Indian journal of veterinary science and animal husbandry - Volume 8,
Year: 1938
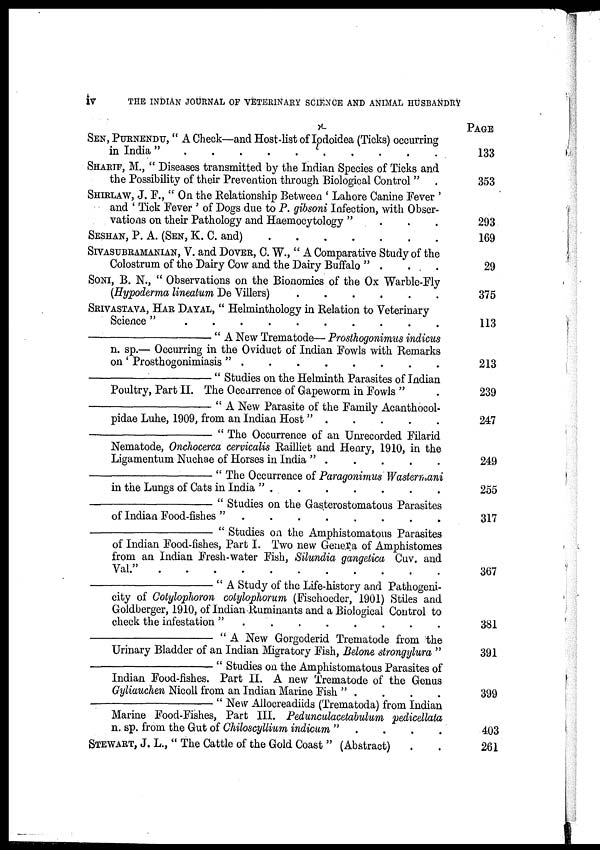
iv
THE INDIAN JOURNAL OF VETERINARY SCIENCE AND ANIMAL HUSBANDRY
SEN, PURNENDU, " A Check—and Host-list of Iodoidea (Ticks) occurring
in India " . . . . . . . . . .
SHARIF, M., " Diseases transmitted by the Indian Species of Ticks and
the Possibility of their Prevention through Biological Control " .
SHIRLAW, J. F., " On the Relationship Between ' Lahore Canine Fever '
and ' Tick Fever ' of Dogs due to P. gibsoni Infection, with Obser-
vations on their Pathology and Haemocytology " . . .
SESHAN, P. A. (SEN, K. C. and)
.
.
.
.
.
.
.
SIVASUBRAMANIAN, V. and DOVER, C. W., " A Comparative Study of the
Colostrum of the Dairy Cow and the Dairy Buffalo " . . .
SONI, B. N., " Observations on the Bionomics of the Ox Warble-Fly
(Hypoderma lineatum De Villers) . . . . . .
SRIVASTAVA, HAR DAYAL, " Helminthology in Relation to Veterinary
Science"
.
.
.
.
.
.
.
.
.
.
—"
A New Trematode— Prosthogonimus indicus
n. sp.— Occurring in the Oviduct of Indian Fowls with Remarks
on ' Prosthogonimiasis " . . . . . . . . . .
—"
Studies on the Helminth Parasites of Indian
Poultry, Part II. The Occurrence of Gapeworm in Fowls " .
—"
A New Parasite of the Family Acanthocol-
pidae Luhe, 1909, from an Indian Host " . . . . .
—
" The Occurrence of an Unrecorded Filarid
Nematode, Onchocerca cervicalis Railliet and Henry, 1910, in the
Ligamentum Nuchae of Horses in India "
.
.
.
.
.
—"
The Occurrence of Paragonimus Wastermani
in the Lungs of Cats in India "
.
.
.
.
.
.
.
—" Studies on the Gasterostomatous Parasites
of Indian Food-fishes" . . . . . . . . . .
—
" Studies on the Amphistomatous Parasites
of Indian Food-fishes, Part I. Two new Geneva of Amphistomes
from an Indian Fresh-water Fish, Silundia gangetica Cuv. and
Val" . . . . . . . . . .
—"
A Study of the Life-history and Pathogeni-
city of Cotyloplwron colylophorum (Fischoeder, 1901) Stiles and
Goldberger, 1910, of Indian Ruminants and a Biological Control to
check the infestation " . . . . . . . . . .
—
" A New Gorgoderid Trematode from the
Urinary Bladder of an Indian Migratory Fish, Belone strongylura "
—"
Studies on the Amphistomatous Parasites of
Indian Food-fishes. Part II. A new Trematode of the Genus
Gyliauchen Nicoll from an Indian Marine Fish " . . . .
—"New
Allocreadiids (Trematoda) from Indian
Marine Food-Fishes, Part III. Pedunculacetabulum pedicellata,
n. sp. from the Gut of Chiloscyllium indicum " . . . .
STEWART, J. L., " The Cattle of the Gold Coast " (Abstract) . .
PAGE
133
353
293
169
29
375
113
213
239
247
249
255
317
367
381
391
399
403
261